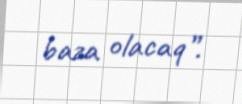
baza olacaq”.